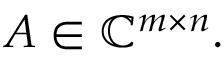
A \in \mathbb { C } ^ { m \times n } .